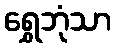
ရွှေဘုံသာ